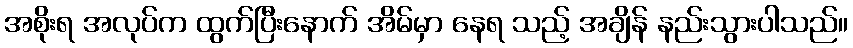
အစိုးရ အလုပ်က ထွက်ပြီးနောက် အိမ်မှာ နေရ သည့် အချိန် နည်းသွားပါသည်။